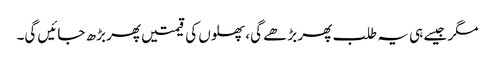
مگر جیسے ہی یہ طلب پھر بڑھے گی، پھلوں کی قیمتیں پھر بڑھ جائیں گی۔